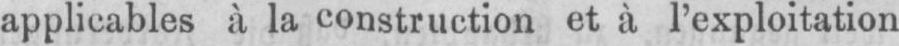
applicables à la construction et à l’exploitation